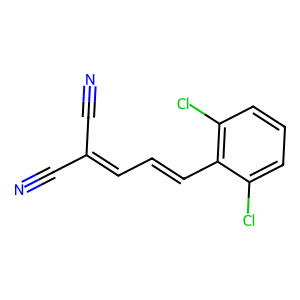
SMILES: N#CC(C#N)=CC=Cc1c(Cl)cccc1Cl
Inhibits HIV replication: No